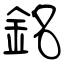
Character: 銘